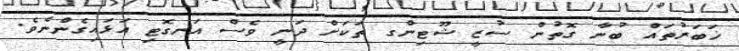
ޚަބަރުތައް ބުނާ ގޮތުން ސުޒީ ޝޫޓިންގ ތަކަށް ދަނީ ވެސް އަނގޮޓި އަޅައިގެންނެވެ.